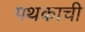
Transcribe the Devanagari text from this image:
पथकाची